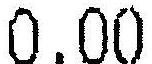
0.00